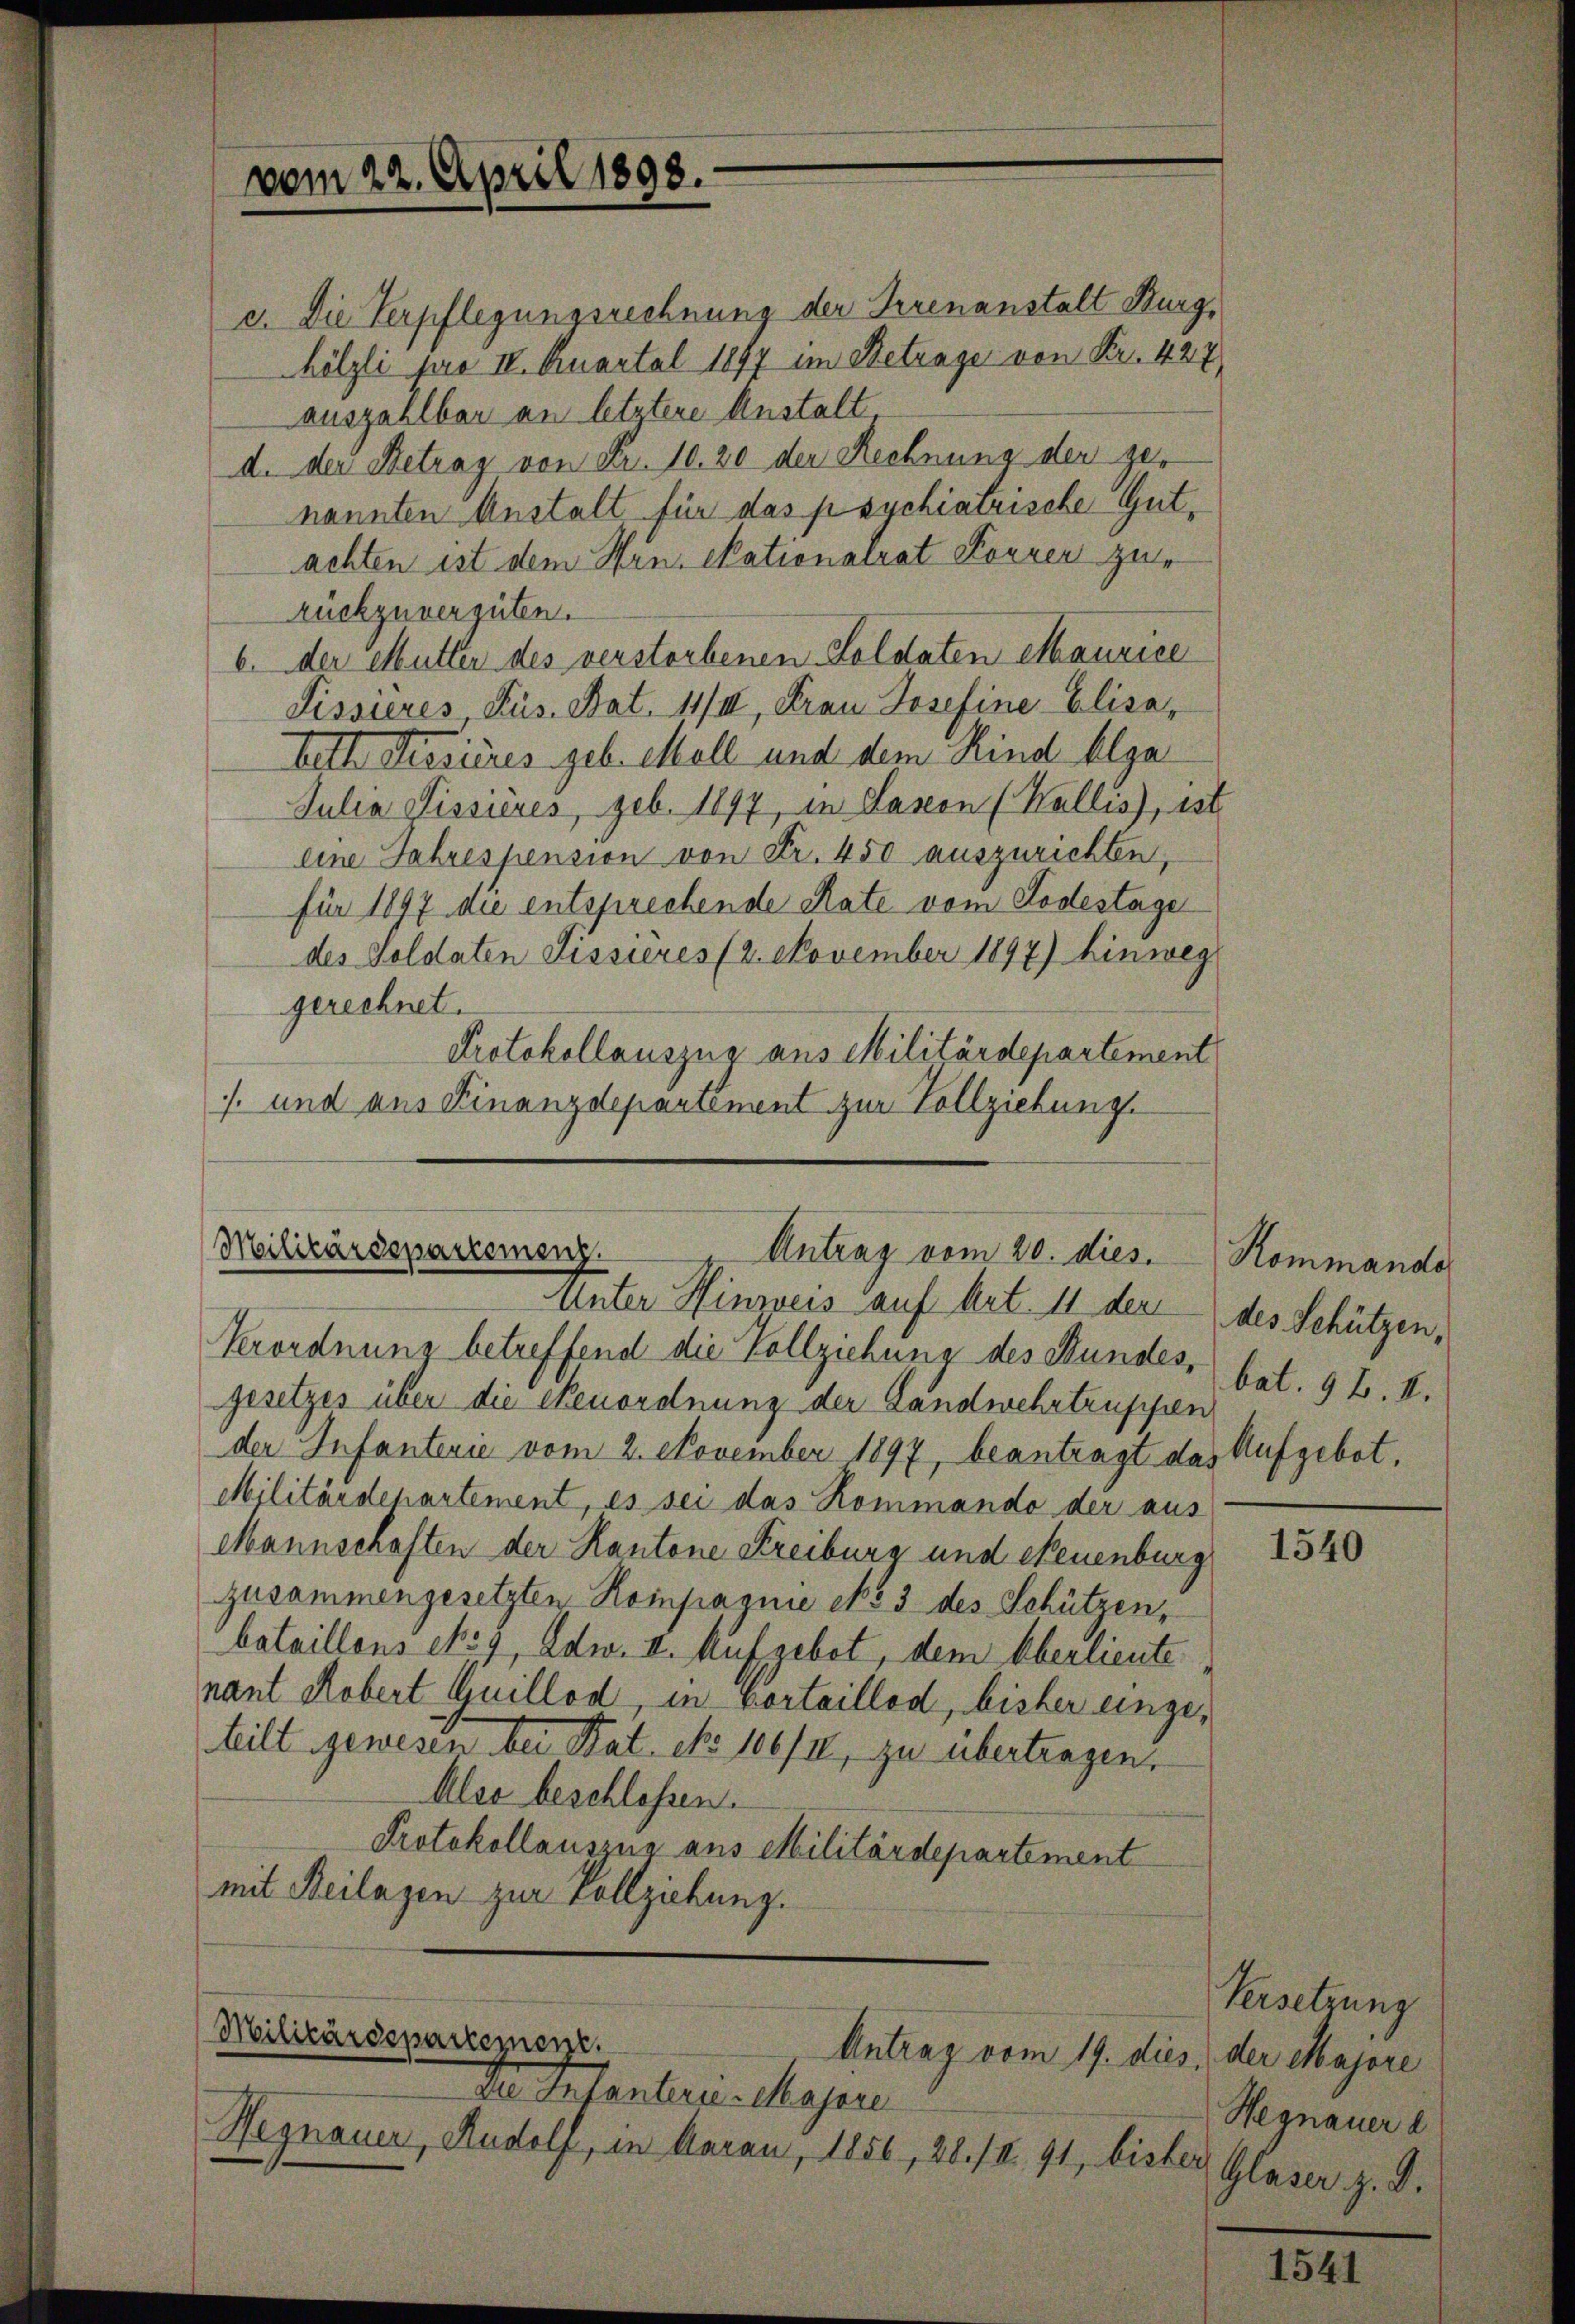
c. Die Verpflegungsrechnung der Irrenanstalt Burghölzli pro III. Quartal 1897 im Betrage von Fr. 427
auszahlbar an letztere Anstalt,
d. der Betrag von Fr. 10. 20 der Rechnung der genannten Anstalt für das psychiatrische Gutachten ist dem Hrn. Nationalrat Forren zur
rückzuvergüten.
6. der Mutter des verstorbenen Soldaten Maurice
Sissieres, Pus. Bat. 11/I, Frau Josefine Elisabeth Sessieres geb. Mell und dem Kind hlga
Julia Sissieres, geb. 1897 in Laxon (Wallis), ist
eine Jahrespension von Fr. 450 auszurichten,
für 1897 die entsprechende Rate vom Todestage
des Soldaten Fissieres 12. November 1897) hinweg
gerechnet.
Protokollauszug aus Militärdepartement
/. und aus Finanzdepartement zur Vollziehung.

—
Militärdepartemenz
Antrag vom 20. dies.
Unter Hinweis auf Art. 11 der des Schützen,

vom 22. April 1898.

Verordnung betreffend die Vollziehung des Bundes, bat. 92. II.
gesetzes über die Neuordnung der Landwehrtruppen
der Infanterie vom 2. November 1897, beantragt das Aufgebot.
Militärdepartement, es sei das Kommando der aus
Mannschaften der Kantone Freiburg und Neuenburg
zusammengesetzten Kompagnie No 3 des Schützen,
bataillons No 9, Edw. II. Aufgebot, dem Oberlieute
nant Robert Guillod, in vortaillod, bisher eingehilt gewesen bei Bat. No 106/II, zu übertragen.
Also beschlossen.
Protokollauszug aus Militärdepartement
mit Beilagen zur vollziehung.

Militärdepartement.
Antrag vom 19. dies, der Majore
Die Infanterie-Majore

Hegnauer, Rudolf, in daran, 1856, 28. III. 91, bisher

Kommando

1540

Versetzung
Hegnauer l
Gläser z. B.

1541